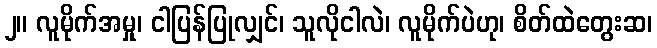
၂။ လူမိုက်အမှု၊ ငါပြန်ပြုလျှင်၊ သူလိုငါလဲ၊ လူမိုက်ပဲဟု၊ စိတ်ထဲတွေးဆ၊